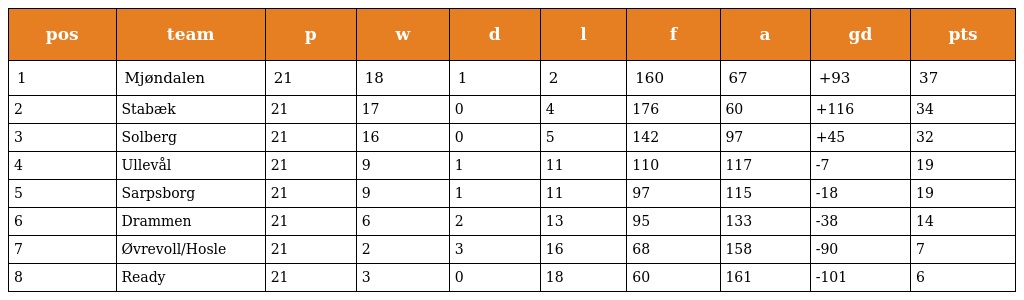
| pos | team | p | w | d | l | f | a | gd | pts |
 | --- | --- | --- | --- | --- | --- | --- | --- | --- | --- |
 | 1 | Mjøndalen | 21 | 18 | 1 | 2 | 160 | 67 | +93 | 37 |
 | 2 | Stabæk | 21 | 17 | 0 | 4 | 176 | 60 | +116 | 34 |
 | 3 | Solberg | 21 | 16 | 0 | 5 | 142 | 97 | +45 | 32 |
 | 4 | Ullevål | 21 | 9 | 1 | 11 | 110 | 117 | -7 | 19 |
 | 5 | Sarpsborg | 21 | 9 | 1 | 11 | 97 | 115 | -18 | 19 |
 | 6 | Drammen | 21 | 6 | 2 | 13 | 95 | 133 | -38 | 14 |
 | 7 | Øvrevoll/Hosle | 21 | 2 | 3 | 16 | 68 | 158 | -90 | 7 |
 | 8 | Ready | 21 | 3 | 0 | 18 | 60 | 161 | -101 | 6 |